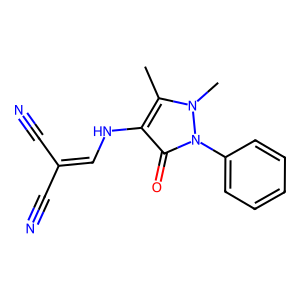
SMILES: Cc1c(NC=C(C#N)C#N)c(=O)n(-c2ccccc2)n1C
Inhibits HIV replication: No